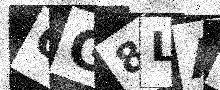
Text: QG8LAY